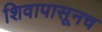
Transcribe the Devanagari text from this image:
शिवापासूनच